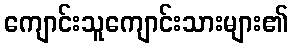
ကျောင်းသူကျောင်းသားများ၏